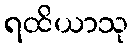
ရထိယာသု